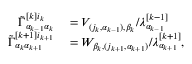
\begin{array} { r l } { \Tilde { \Gamma } _ { \alpha _ { k - 1 } \alpha _ { k } } ^ { [ k ] i _ { k } } } & { { } = V _ { ( j _ { k } , \alpha _ { k - 1 } ) , \beta _ { k } } / \lambda _ { \alpha _ { k - 1 } } ^ { [ k - 1 ] } } \\ { \Tilde { \Gamma } _ { \alpha _ { k } \alpha _ { k + 1 } } ^ { [ k + 1 ] i _ { k + 1 } } } & { { } = W _ { \beta _ { k } , ( j _ { k + 1 } , \alpha _ { k + 1 } ) } / \lambda _ { \alpha _ { k + 1 } } ^ { [ k + 1 ] } , } \end{array}